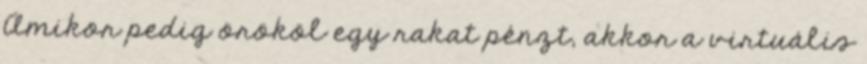
Amikor pedig örököl egy rakat pénzt, akkor a virtuális